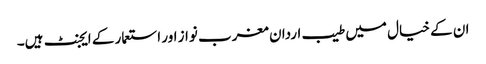
ان کے خیال میں طیب اردان مغرب نواز اور استعمار کے ایجنٹ ہیں۔